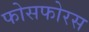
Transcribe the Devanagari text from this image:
फोसफोरस